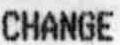
CHANGE